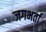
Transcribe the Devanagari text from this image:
जगभर्ता